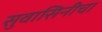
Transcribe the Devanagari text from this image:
सुवासिनीचा